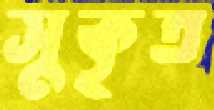
সুকৃত